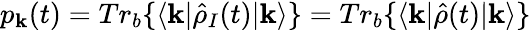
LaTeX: p_{\mathbf{k}}(t)=Tr_{b}\{ \langle\mathbf{k}|\hat{{\rho}}_{I}(t)|\mathbf{k}\rangle\} =Tr_{b}\{ \langle\mathbf{k}|\hat{{\rho}}(t)|\mathbf{k}\rangle\}